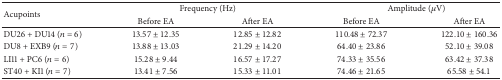
| <ROWSPAN=2> Acupoints | <COLSPAN=2> Frequency (Hz) | <COLSPAN=2> Amplitude (μV) |
 | Before EA | After EA | Before EA | After EA |
 | --- | --- | --- | --- | --- |
 | DU26 + DU14 (n = 6) | 13.57 ± 12.35 | 12.85 ± 12.82 | 110.48 ± 72.37 | 122.10 ± 160.36 |
 | DU8 + EXB9 (n = 7) | 13.88 ± 13.03 | 21.29 ± 14.20 | 64.40 ± 23.86 | 52.10 ± 39.08 |
 | LI11 + PC6 (n = 6) | 15.28 ± 9.44 | 16.57 ± 17.27 | 74.33 ± 35.56 | 63.42 ± 37.38 |
 | ST40 + KI1 (n = 7) | 13.41 ± 7.56 | 15.33 ± 11.01 | 74.46 ± 21.65 | 65.58 ± 54.1 |